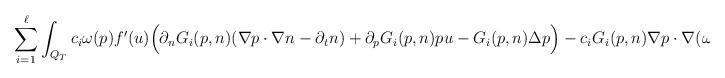
LaTeX: \begin{align*} \sum_{i=1}^{\ell}\int_{Q_T} c_i\omega(p) f'(u)\Big(\partial_n G_i(p,n) (\nabla p\cdot \nabla n-\partial_t n) +\partial_p G_i(p,n) pu-G_i(p,n)\Delta p \Big)-c_iG_i(p,n)\nabla p\cdot \nabla (\omega(p)f'(u))\end{align*}